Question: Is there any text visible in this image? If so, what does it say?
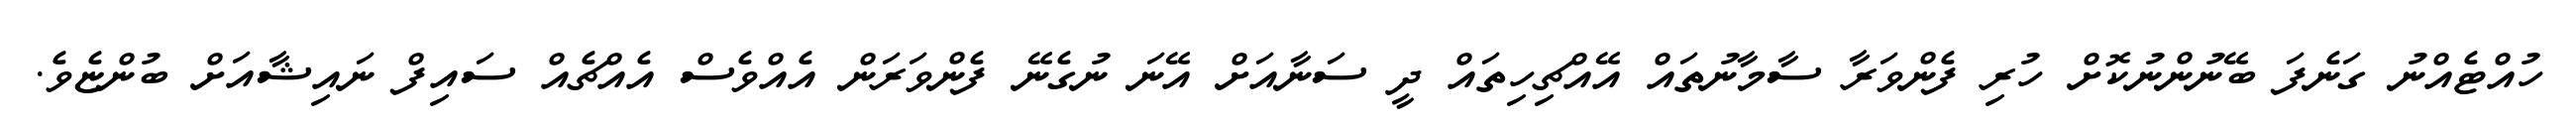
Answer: ހުއްޓެއްނު ގަނެފަ ބޭނުންނުކޮށް ހުރި ފެންވަރާ ސާމާނުތައް އޭއްޗިހިތައް ދީ ސަނާއަށް އޭނަ ނުގެނޭ ފެންވަރަން އެއްވެސް އެއްޗެއް ސައިފް ނައިޝާއަށް ބުންޏެވެ.